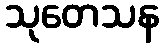
သုတေသန